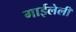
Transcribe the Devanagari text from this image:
गाईलेली